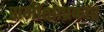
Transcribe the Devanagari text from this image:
समीक्षाप्रकार